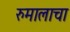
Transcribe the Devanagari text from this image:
रुमालाचा